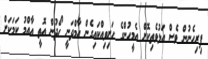
ފިރިހެނުން ވެސް އަޅުވެތިކޮށް އެމީހުންގެ ހަށިވިއްކައިގެން އާމްދަނީ ހޯދުން އޮތީ އާއްމު ކަމަކަށް